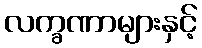
လက္ခဏာများနှင့်